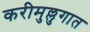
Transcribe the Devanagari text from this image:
करीमुल्लुगात